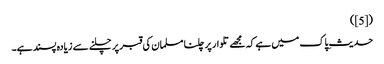
([5])
حدیثِ پاک میں ہے کہ مجھے تلوار پر چلنا مسلمان کی قبر پر چلنے سے زیادہ پسند ہے۔